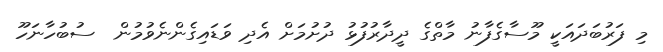
މި ފަރުބަދައަކީ މޫސާގެފާނު މާތްގެ ދީދާރުފުޅު ދުށުމަށް އެދި ވަޑައިގެންނެވުމުން  ސުބުހާނަހޫ